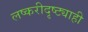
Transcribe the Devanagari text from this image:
लष्करीदृष्ट्याही